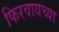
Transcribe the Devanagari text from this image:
फिरवायच्या